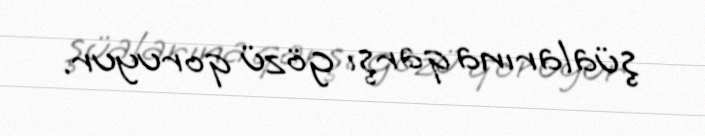
şüalarına qarşı gözü qoruyur.